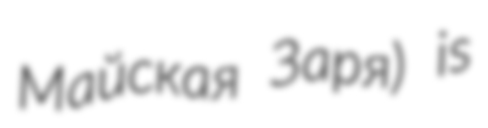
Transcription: Майская Заря) is